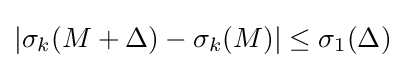
|\sigma _{k}(M+\Delta )-\sigma _{k}(M)|\leq \sigma _{1}(\Delta )